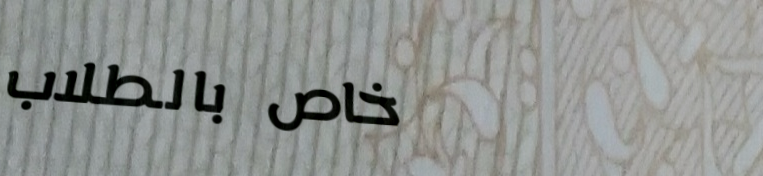
خاص بالطلاب